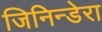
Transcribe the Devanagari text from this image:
जिनिन्डेरा